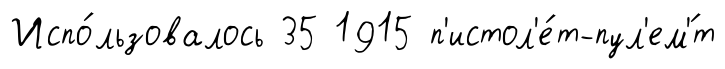
Испо́льзовалось 35 1915 п'истол'е́т-пул'ем'́т